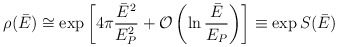
\begin{align*}\rho(\bar E) \cong \exp\left[ 4\pi {\bar E^2\over E^2_P} + {\cal O} \left( \ln {\bar E\over E_P} \right) \right] \equiv \exp S(\bar E)\end{align*}